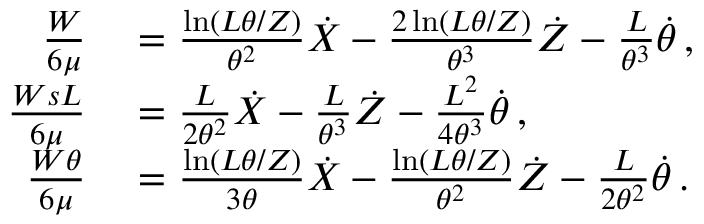
\begin{array} { r l } { \frac { W } { 6 \mu } } & { { } = \frac { \ln ( L \theta / Z ) } { \theta ^ { 2 } } \dot { X } - \frac { 2 \ln ( L \theta / Z ) } { \theta ^ { 3 } } \dot { Z } - \frac { L } { \theta ^ { 3 } } \dot { \theta } \, , } \\ { \frac { W s L } { 6 \mu } } & { { } = \frac { L } { 2 \theta ^ { 2 } } \dot { X } - \frac { L } { \theta ^ { 3 } } \dot { Z } - \frac { L ^ { 2 } } { 4 \theta ^ { 3 } } \dot { \theta } \, , } \\ { \frac { W \theta } { 6 \mu } } & { { } = \frac { \ln ( L \theta / Z ) } { 3 \theta } \dot { X } - \frac { \ln ( L \theta / Z ) } { \theta ^ { 2 } } \dot { Z } - \frac { L } { 2 \theta ^ { 2 } } \dot { \theta } \, . } \end{array}